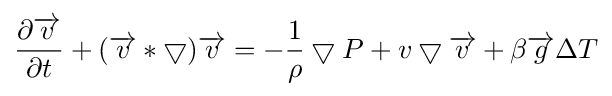
{\partial {\overrightarrow {v}} \over \partial t}+({\overrightarrow {v}}*\bigtriangledown ){\overrightarrow {v}}=-{1 \over \rho }\bigtriangledown P+v\bigtriangledown {\overrightarrow {v}}+\beta {\overrightarrow {g}}\Delta T